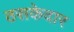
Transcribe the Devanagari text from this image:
ठसकेदार